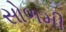
સોળમી